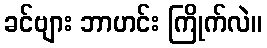
ခင်ဗျား ဘာဟင်း ကြိုက်လဲ။